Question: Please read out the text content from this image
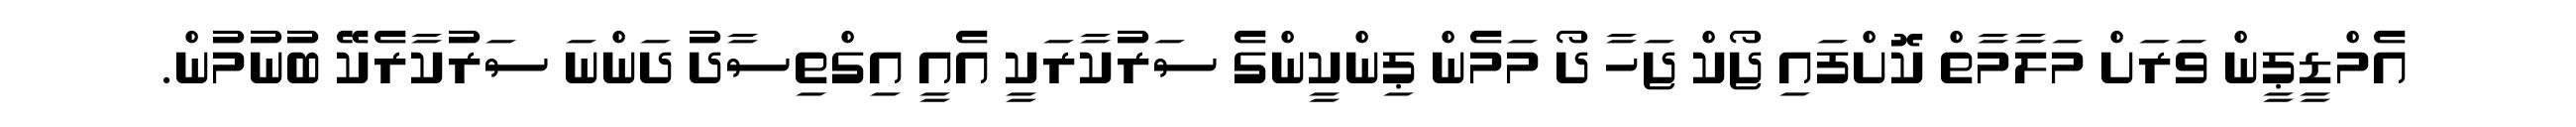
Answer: އެމްޑީޕީން ވަރަށް މަލާމާތް ކޮށްފައި ޖޯކް ޖަހާ ދޯ މަމެން ޕިންކީންގެ ސަރުކާރަކީ އެއީ އިގްތިސާދު ދަންނަ ސަރުކާރެކޭ ބުނުމުން.